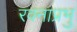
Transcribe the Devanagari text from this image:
रवनाप्रभु